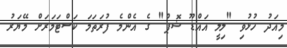
މިއަދު ހުޅުވި "ލިލީ އައްޑޫ ޝޮޕް" ގެ އެންމެ ފުރަތަމަ ކަސްޓަމަރަށް މޭޔަރު